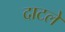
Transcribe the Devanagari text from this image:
दाटले